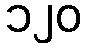
၁၂၀